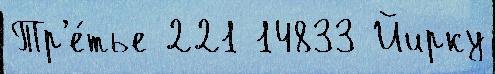
Тр'е́тье 221 14833 Йирку